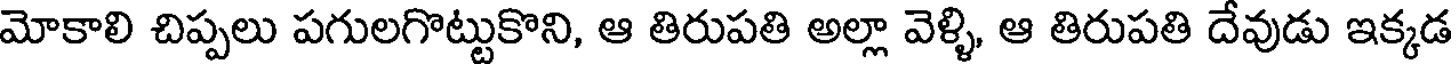
మోకాలి చిప్పలు పగులగొట్టుకొని, ఆ తిరుపతి అల్లా వెళ్ళి, ఆ తిరుపతి దేవుడు ఇక్కడ